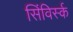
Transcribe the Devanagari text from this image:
सिंविर्स्क